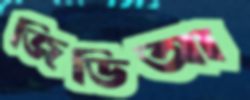
জিডিআ